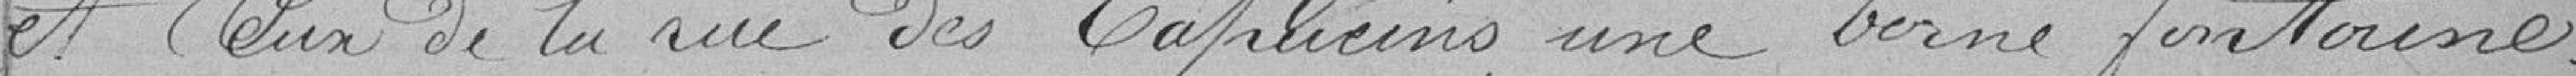
et dun de la rue des Capucins une borne fontaine.